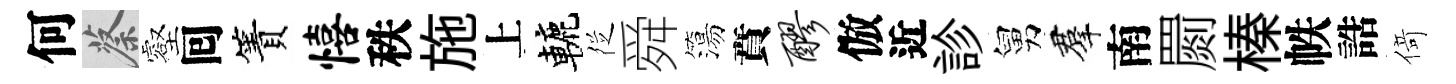
何蔡壑囘簀僖秩施上轆徔舜簜賁醪倣近診舅羣南罽榛帙誥𠋣